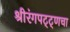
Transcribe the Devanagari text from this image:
श्रीरंगपट्ट्णचा